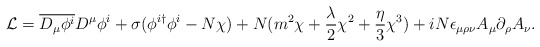
\begin{align*}{\cal L} = \overline{D_\mu\phi^i} D^\mu\phi^i + \sigma(\phi^{i\dagger}\phi^i -N \chi) + N (m^2 \chi + {\lambda \over 2} \chi^2 + {\eta \over 3} \chi^3)+ iN\epsilon_{\mu\rho\nu}A_\mu \partial_\rho A_\nu.\end{align*}